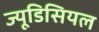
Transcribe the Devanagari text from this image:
ज्यूडिसियल